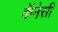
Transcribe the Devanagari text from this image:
कॅनेसी